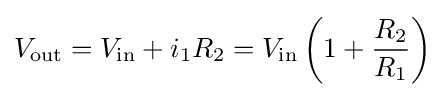
V_{\text{out}}=V_{\text{in}}+i_{1}R_{2}=V_{\text{in}}\left(1+{\frac {R_{2}}{R_{1}}}\right)